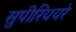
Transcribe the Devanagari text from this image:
सुपीरिययरे